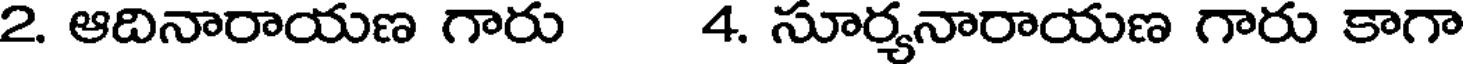
2. ఆదినారాయణ గారు 4. సూర్యనారాయణ గారు కాగా